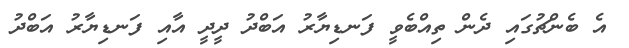
އެ ބެންޗުގައި ދެން ތިއްބެވީ ފަނޑިޔާރު އަބްދު ދީދީ އާއި ފަނޑިޔާރު އަބްދު